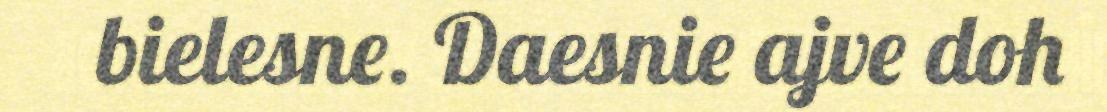
bielesne. Daesnie ajve doh